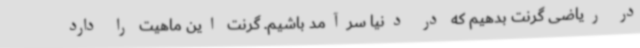
در ریاضی گرنت بدهیم که در دنیا سرآمد باشیم. گرنت این ماهیت را دارد